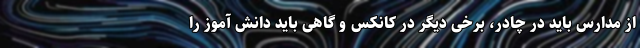
از مدارس باید در چادر، برخی دیگر در کانکس و گاهی باید دانش آموز را